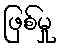
ဖြစ်မှု